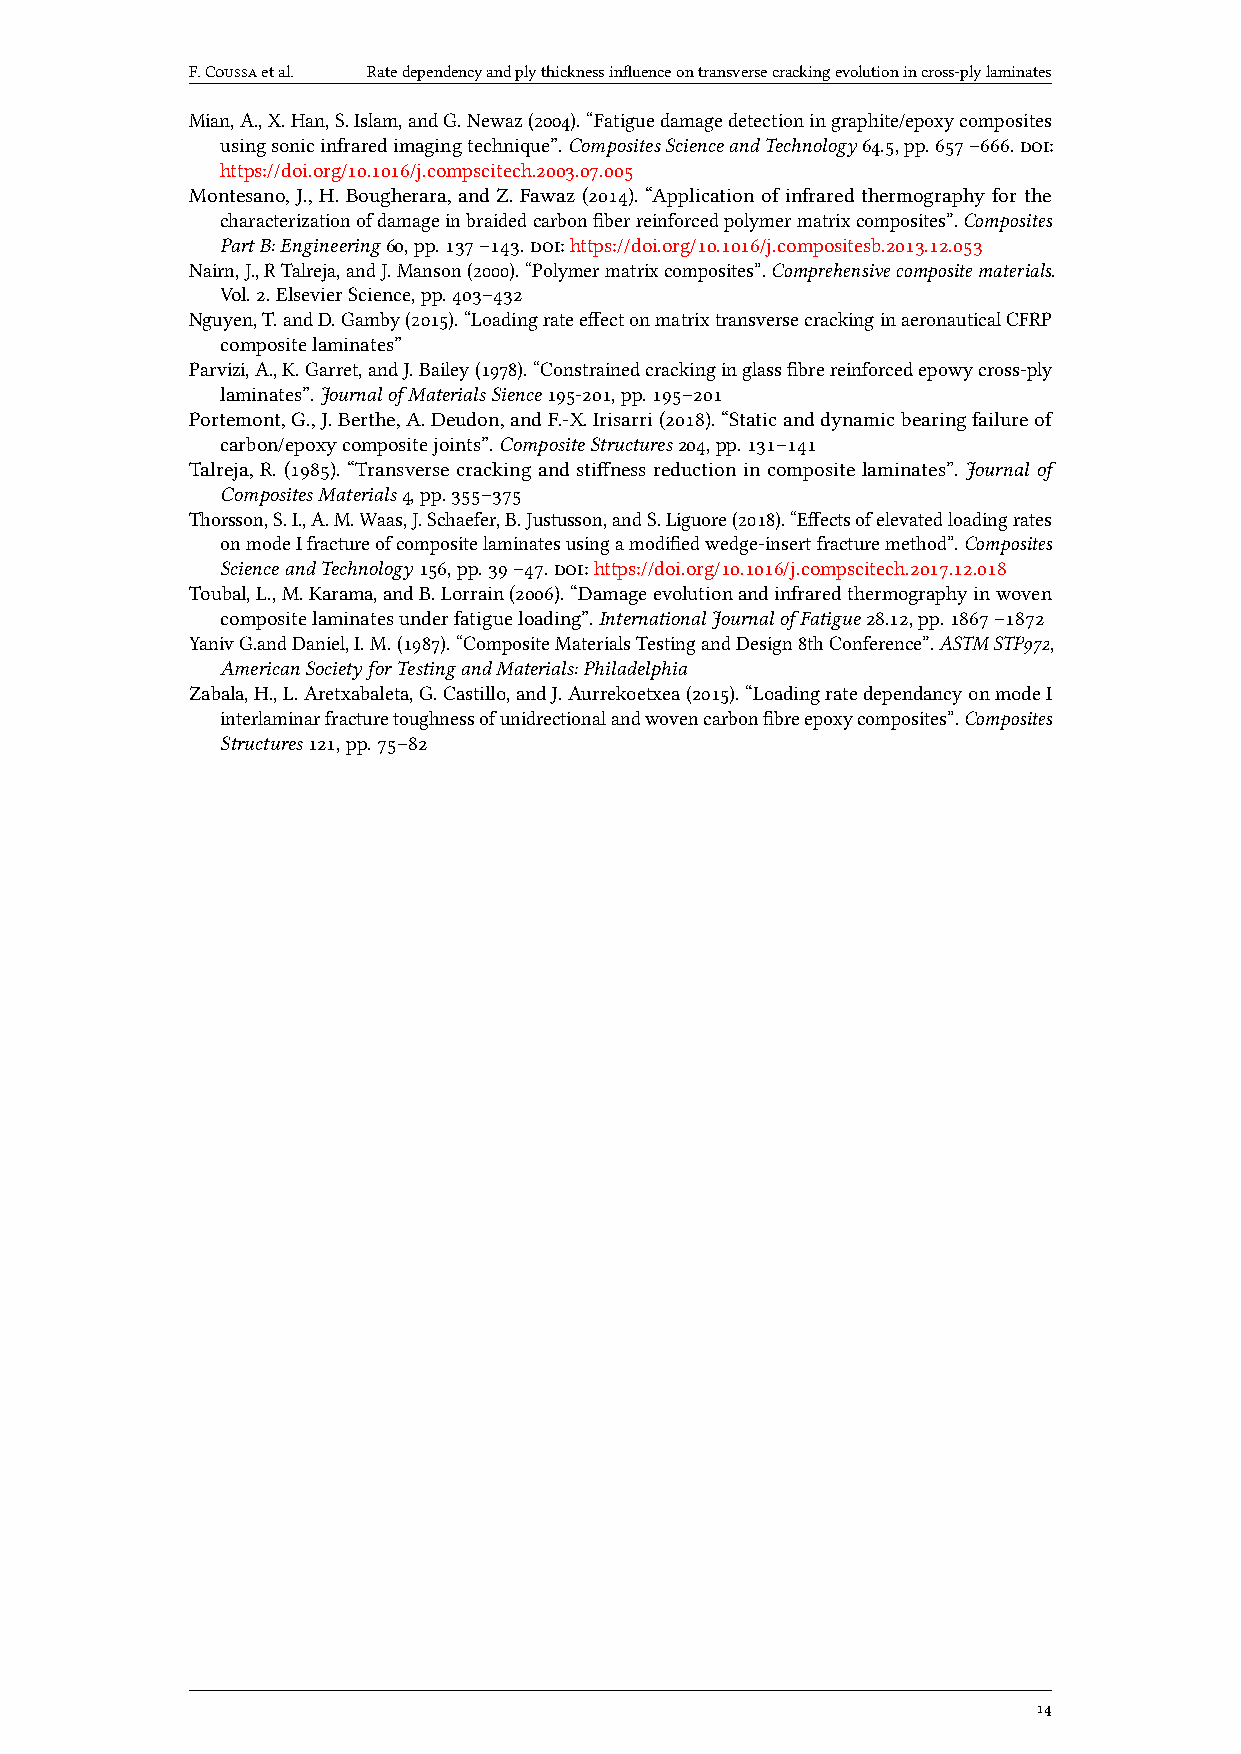
F.Coussaetal. Ratedependencyandplythicknessinfluenceontransversecrackingevolutionincross-plylaminates
 Mian,A.,X.Han,S.Islam,andG.Newaz(2004).“Fatiguedamagedetectioningraphite/epoxycomposites
 usingsonicinfraredimagingtechnique”.CompositesScienceandTechnology64.5,pp.657–666.doi:
 https://doi.org/10.1016/j.compscitech.2003.07.005
 Montesano, J., H. Bougherara, and Z. Fawaz (2014). “Application of infrared thermography for the
 characterizationofdamageinbraidedcarbonfiberreinforcedpolymermatrixcomposites”.Composites
 PartB:Engineering60,pp.137–143.doi:https://doi.org/10.1016/j.compositesb.2013.12.053
 Nairn,J.,RTalreja,andJ.Manson(2000).“Polymermatrixcomposites”.Comprehensivecompositematerials.
 Vol.2.ElsevierScience,pp.403–432
 Nguyen,T.andD.Gamby(2015).“LoadingrateeffectonmatrixtransversecrackinginaeronauticalCFRP
 compositelaminates”
 Parvizi,A.,K.Garret,andJ.Bailey(1978).“Constrainedcrackinginglassfibrereinforcedepowycross-ply
 laminates”.JournalofMaterialsSience195-201,pp.195–201
 Portemont,G.,J.Berthe,A.Deudon,andF.-X.Irisarri(2018).“Staticanddynamicbearingfailureof
 carbon/epoxycompositejoints”.CompositeStructures204,pp.131–141
 Talreja, R. (1985). “Transverse cracking and stiffness reduction in composite laminates”. Journal of
 CompositesMaterials4,pp.355–375
 Thorsson,S.I.,A.M.Waas,J.Schaefer,B.Justusson,andS.Liguore(2018).“Effectsofelevatedloadingrates
 onmodeIfractureofcompositelaminatesusingamodifiedwedge-insertfracturemethod”.Composites
 ScienceandTechnology156,pp.39–47.doi:https://doi.org/10.1016/j.compscitech.2017.12.018
 Toubal,L.,M.Karama,andB.Lorrain(2006).“Damageevolutionandinfraredthermographyinwoven
 compositelaminatesunderfatigueloading”.InternationalJournalofFatigue28.12,pp.1867–1872
 YanivG.andDaniel,I.M.(1987).“CompositeMaterialsTestingandDesign8thConference”.ASTMSTP972,
 AmericanSocietyforTestingandMaterials:Philadelphia
 Zabala,H.,L.Aretxabaleta,G.Castillo,andJ.Aurrekoetxea(2015).“LoadingratedependancyonmodeI
 interlaminarfracturetoughnessofunidrectionalandwovencarbonfibreepoxycomposites”.Composites
 Structures121,pp.75–82
 14